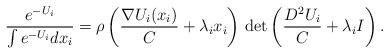
LaTeX: \begin{align*}\frac{e^{-U_i}}{\int e^{-U_i} dx_i} = \rho\left(\frac{\nabla U_i(x_i)}{C} + \lambda_i x_i \right)\, \det \left(\frac{D^2 U_i }{C} + \lambda_i I\right).\end{align*}